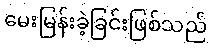
မေးမြန်းခဲ့ခြင်းဖြစ်သည်